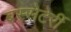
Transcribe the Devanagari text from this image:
बस्सेटेर्री